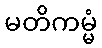
မတိကမ္မံ